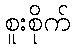
စူးစိုက်